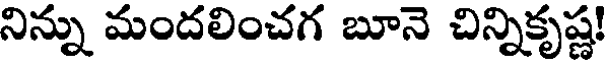
నిన్ను మందలించగ బూనె చిన్నికృష్ణ!